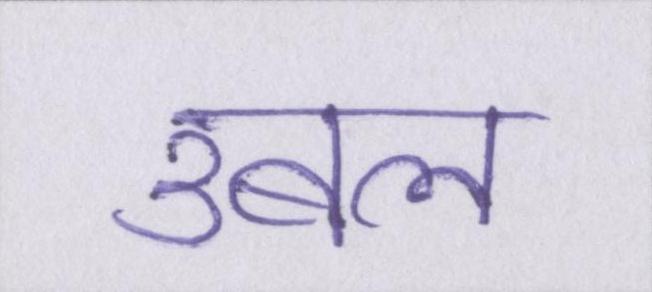
उबल